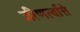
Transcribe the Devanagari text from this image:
जीणर्त्वात्ते